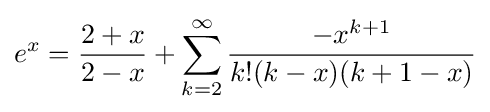
e^{x}={\frac {2+x}{2-x}}+\sum _{k=2}^{\infty }{\frac {-x^{k+1}}{k!(k-x)(k+1-x)}}